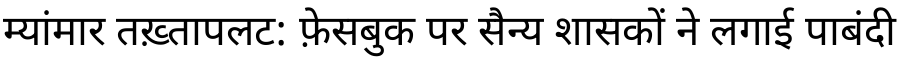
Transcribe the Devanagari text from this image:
म्यांमार तख़्तापलट: फ़ेसबुक पर सैन्य शासकों ने लगाई पाबंदी